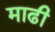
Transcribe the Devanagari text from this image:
माढी